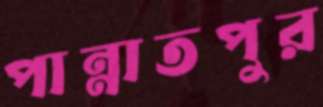
পান্নাতপুর